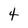
Character: 4